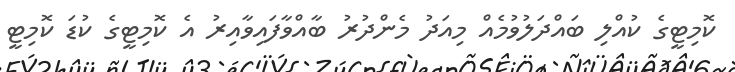
ކޮމިޓީގެ ކުއްލި ބައްދަލުވުމެއް މިއަދު މެންދުރު ބާއްވާފައިވާއިރު އެ ކޮމިޓީގެ ކުޑަ ކޮމިޓީ